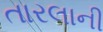
તારલાની